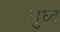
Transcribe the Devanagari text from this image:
बुघ्‍द